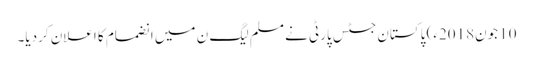
10 جون2018ء) پاکستان جسٹس پارٹی نے مسلم لیگ ن میں انضمام کا اعلان کردیا۔